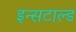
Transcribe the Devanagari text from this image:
इन्सटाल्ड